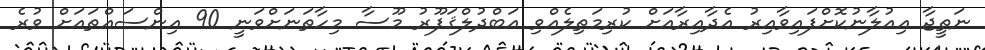
ނަތީޖާ އިއުލާނުކޮށްފައިވާއިރު އެދާއިރާއަށް ކުރިމަތިލެއްވި އަބްދުލްޤަފޫރު މޫސާ މިހާތަނަށްވަނީ 90 އިންސައްތައަށް ވުރެ